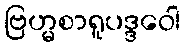
ဗြဟ္မစာရူပဒ္ဒဝေါ